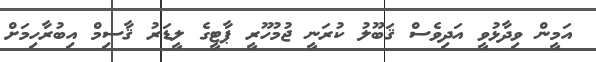
އަމީން ވިދާޅުވީ އަދިވެސް ޤަބޫލު ކުރަނީ ޖުމުހޫރީ ޕާޓީގެ ލީޑަރު ޤާސިމް އިބުރާހިމަށް